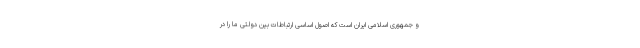
و جمهوری اسلامی ایران است که اصول اساسی ارتباطات بین دولتی ما را در